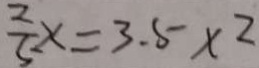
\frac { 2 } { 5 } x = 3 . 5 \times 2